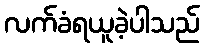
လက်ခံရယူခဲ့ပါသည်